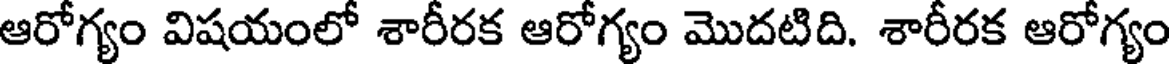
ఆరోగ్యం విషయంలో శారీరక ఆరోగ్యం మొదటిది. శారీరక ఆరోగ్యం